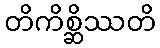
တိကိစ္ဆိဿတိ